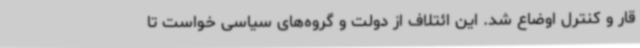
قار و کنترل اوضاع شد. این ائتلاف از دولت و گروه‌های سیاسی خواست تا